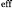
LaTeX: _{\textrm{\tiny eff}}